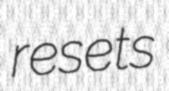
resets